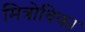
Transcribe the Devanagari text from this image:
मित्रोविका